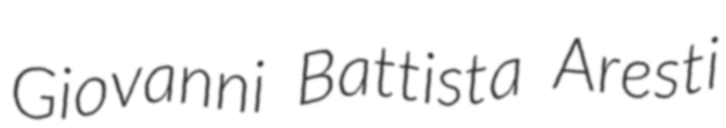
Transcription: Giovanni Battista Aresti